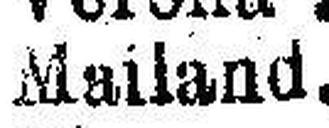
Mailand